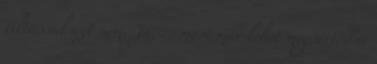
tiltással azt nem. Ja, és most már lehet megsértődni